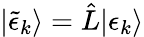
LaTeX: |\tilde{\epsilon}_{k}\rangle=\hat{L}|\epsilon_{k}\rangle